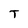
Character: T